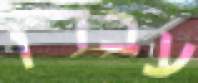
עבדו